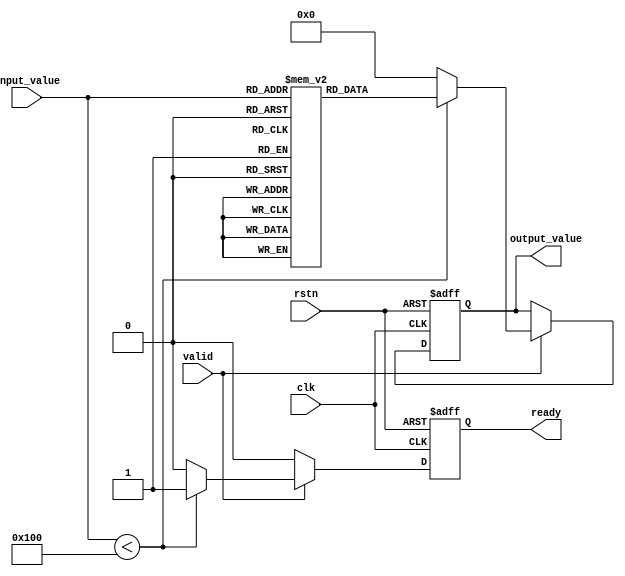
module lut_reciprocal (
    input wire clk,               // Clock input
    input wire rstn,              // Active low reset
    input wire [7:0] input_value, // 8-bit fixed-point input
    input wire valid,             // Input valid signal
    output reg [7:0] output_value, // 8-bit fixed-point output
    output reg ready              // Output ready signal
);

    // Lookup Table for reciprocals (precomputed values)
    reg [7:0] lut [0:255]; // 256 entries for 8-bit input

    // Initialization of LUT with precomputed reciprocal values
    initial begin
        // Populate the LUT with reciprocal values (scaled)
        // Example: lut[0] = 0 (undefined), lut[1] = 255 (1.0), lut[2] = 127 (0.5), ...
        // This is a simplified example; actual values should be computed accurately.
        lut[0] = 8'hFF; // Handle division by zero case
        lut[1] = 8'hFF; // 1/1 = 1.0 (255)
        lut[2] = 8'h7F; // 1/2 = 0.5 (127)
        // ... (Fill in the rest of the LUT with proper reciprocal values)
        // For example, lut[3] = 85, lut[4] = 64, etc.
    end

    // Control logic for output
    always @(posedge clk or negedge rstn) begin
        if (!rstn) begin
            output_value <= 8'b0;
            ready <= 1'b0;
        end else if (valid) begin
            // Address generation: Ensure input_value is within range
            if (input_value < 256) begin
                output_value <= lut[input_value]; // Get the reciprocal from LUT
                ready <= 1'b1; // Indicate output is ready
            end else begin
                output_value <= 8'b0; // Out of range handling
                ready <= 1'b0;
            end
        end else begin
            ready <= 1'b0; // Clear ready if not valid
        end
    end

endmodule